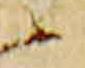
云